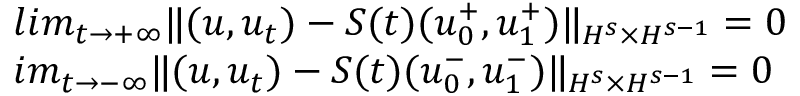
\begin{array} { r l } & { l i m _ { t \rightarrow + \infty } \| ( u , u _ { t } ) - S ( t ) ( u _ { 0 } ^ { + } , u _ { 1 } ^ { + } ) \| _ { H ^ { s } \times H ^ { s - 1 } } = 0 } \\ & { i m _ { t \rightarrow - \infty } \| ( u , u _ { t } ) - S ( t ) ( u _ { 0 } ^ { - } , u _ { 1 } ^ { - } ) \| _ { H ^ { s } \times H ^ { s - 1 } } = 0 } \end{array}